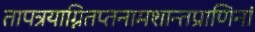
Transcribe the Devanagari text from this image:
तापत्रयाग्नितप्तनामशान्तप्राणिनां